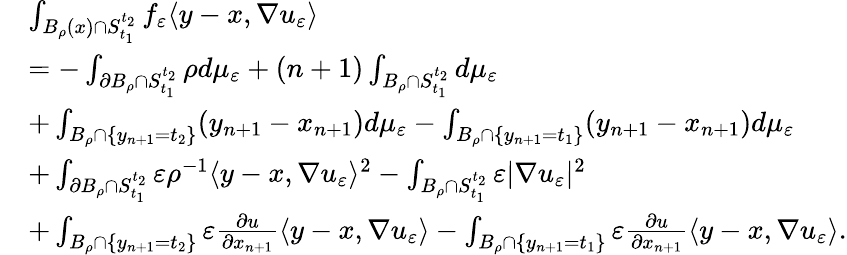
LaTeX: \begin{array}{rl}&{\int_{B_{\rho}(x)\cap S_{t_{1}}^{t_{2}}}f_{\varepsilon}\langle y-x,\nabla u_{\varepsilon}\rangle}\\ &{=-\int_{\partial B_{\rho}\cap S_{t_{1}}^{t_{2}}}\rho d\mu_{\varepsilon}+(n+1)\int_{B_{\rho}\cap S_{t_{1}}^{t_{2}}}d\mu_{\varepsilon}}\\ &{+\int_{B_{\rho}\cap\{ y_{n+1}=t_{2}\} }(y_{n+1}-x_{n+1})d\mu_{\varepsilon}-\int_{B_{\rho}\cap\{ y_{n+1}=t_{1}\} }(y_{n+1}-x_{n+1})d\mu_{\varepsilon}}\\ &{+\int_{\partial B_{\rho}\cap S_{t_{1}}^{t_{2}}}\varepsilon\rho^{-1}\langle y-x,\nabla u_{\varepsilon}\rangle^{2}-\int_{B_{\rho}\cap S_{t_{1}}^{t_{2}}}\varepsilon|\nabla u_{\varepsilon}|^{2}}\\ &{+\int_{B_{\rho}\cap\{ y_{n+1}=t_{2}\} }\varepsilon\frac{\partial u}{\partial x_{n+1}}\langle y-x,\nabla u_{\varepsilon}\rangle-\int_{B_{\rho}\cap\{ y_{n+1}=t_{1}\} }\varepsilon\frac{\partial u}{\partial x_{n+1}}\langle y-x,\nabla u_{\varepsilon}\rangle.}\end{array}